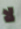
لا